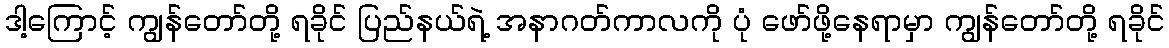
ဒါ့ကြောင့် ကျွန်တော်တို့ ရခိုင် ပြည်နယ်ရဲ့ အနာဂတ်ကာလကို ပုံ ဖော်ဖို့နေရာမှာ ကျွန်တော်တို့ ရခိုင်